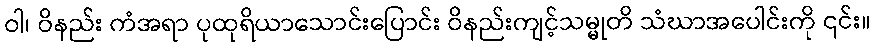
ဝါ၊ ဝိနည်း ကံအရာ ပုထုရိယာသောင်းပြောင်း ဝိနည်းကျင့်သမ္မုတိ သံဃာအပေါင်းကို ၎င်း။